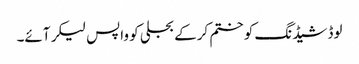
لوڈشیڈنگ کو ختم کرکے بجلی کو واپس لیکر آئے۔